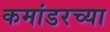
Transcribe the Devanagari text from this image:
कमांडरच्या